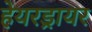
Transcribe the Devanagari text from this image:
हेयरड्रायर